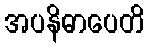
အပနိဓာပေတိ